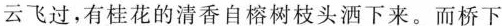
云飞过，有桂花的清香自榕树枝头洒下来。而桥下